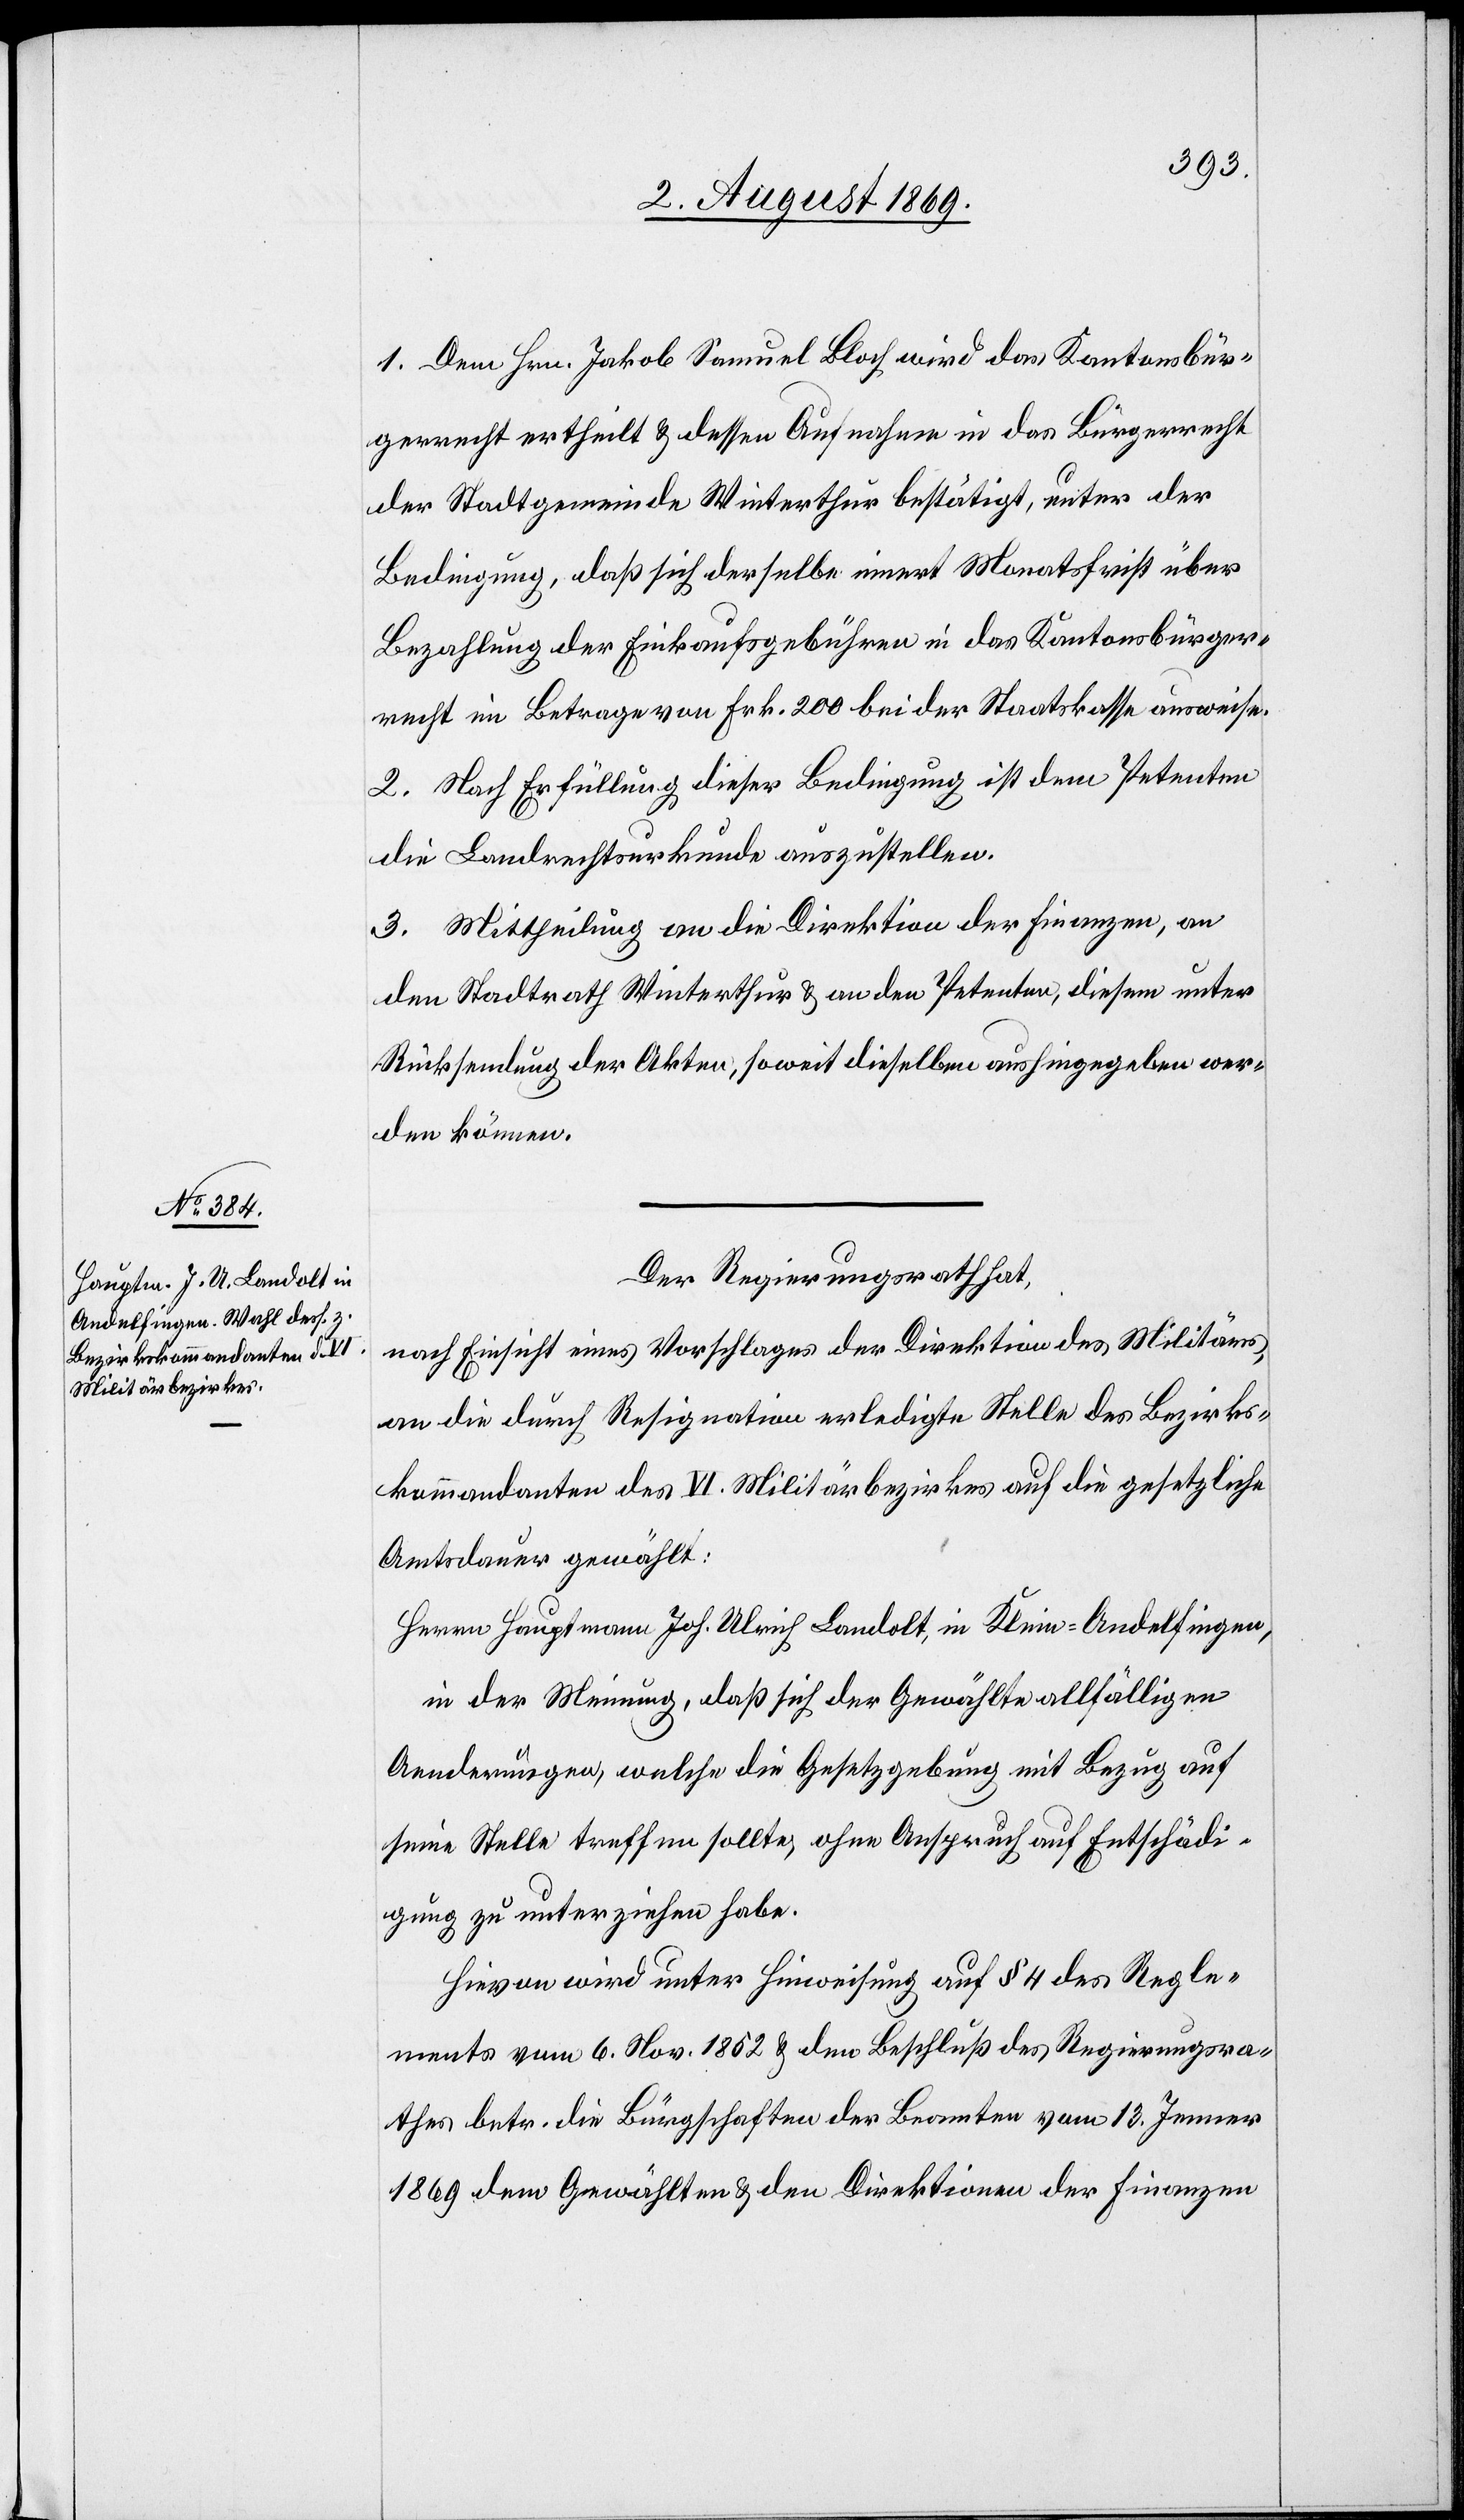
1. Dem Hrn. Jakob Samuel Bloch wird das Kantonsbür¬
gerrecht ertheilt & dessen Aufnahme in das Bürgerrecht
der Stadtgemeinde Winterthur bestätigt, unter der
Bedingung, daß sich derselbe innert Monatsfrist über
Bezahlung der Einkaufsgebühren in das Kantonsbürger¬
recht im Betrage von Frk. 200 bei der Staatskasse ausweise.
2. Nach Erfüllung dieser Bedingung ist dem Petenten
die Landrechtsurkunde auszustellen.
3. Mittheilung an die Direktion der Finanzen, an
den Stadtrath Winterthur & an den Petenten, diesem unter
Rücksendung der Akten, soweit dieselben aushingegeben wer¬
den können.
Der Regierungsrath hat,
nach Einsicht eines Vorschlages der Direktion des Militärs,
an die durch Resignation erledigte Stelle des Bezirks¬
kommandanten des VI. Militärbezirkes auf die gesetzliche
Amtsdauer gewählt:
Herrn Hauptmann Joh. Ulrich Landolt, in Klein-Andelfingen,
in der Meinung, daß sich der Gewählte allfälligen
Aenderungen, welche die Gesetzgebung mit Bezug auf
seine Stelle treffen sollte, ohne Anspruch auf Entschädi¬
gung zu unterziehen habe.
Hievon wird unter Hinweisung auf § 4 des Regle¬
ments vom 6 Nov. 1852 & den Beschluß des Regierungsra¬
thes betr. die Bürgschaften des Beamten vom 13 Jenner
1869 dem Gewählten & den Direktionen der Finanzen